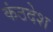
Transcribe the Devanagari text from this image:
कंठदेश